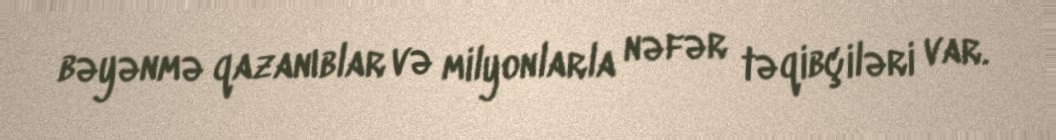
bəyənmə qazanıblar və milyonlarla nəfər təqibçiləri var.